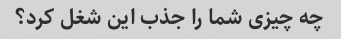
چه چیزی شما را جذب این شغل کرد؟